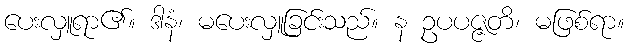
ပေးလှူရာ၏။ ဒါနံ၊ မပေးလှူခြင်းသည်။ န ဥပပဇ္ဇတိ၊ မဖြစ်ရာ။